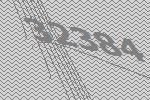
32384